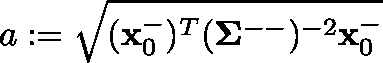
a : = \sqrt { ( \mathbf { x } _ { 0 } ^ { - } ) ^ { T } ( \mathbf { \Sigma } ^ { -- } ) ^ { - 2 } \mathbf { x } _ { 0 } ^ { - } }